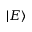
| E \rangle